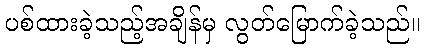
ပစ်ထားခဲ့သည့်အချိန်မှ လွတ်မြောက်ခဲ့သည်။